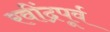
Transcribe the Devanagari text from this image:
रवींद्रपूर्व